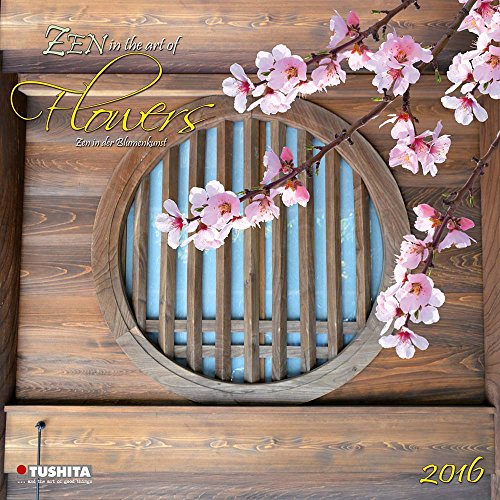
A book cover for Zen Flowers (160157) (English, Spanish, French, Italian and German Edition); Tushita; Calendars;